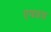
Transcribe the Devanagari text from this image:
एवढच